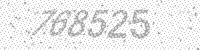
Solution: 768525